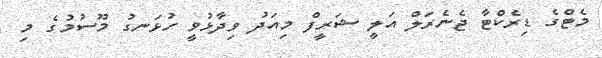
މެޓްގެ ޑިރެކްޓާ ޖެނެރަލް އަލީ ޝަރީފް މިއަދު ވިދާޅުވީ ހުޅަނގު މޫސުމުގެ މި